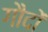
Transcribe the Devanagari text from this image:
गौदों